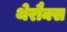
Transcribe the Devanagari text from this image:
थेरौक्स